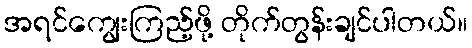
အရင်ကျွေးကြည့်ဖို့ တိုက်တွန်းချင်ပါတယ်။